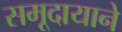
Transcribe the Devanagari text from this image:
समूदायाने